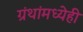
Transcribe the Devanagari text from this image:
ग्रंथांमध्येही